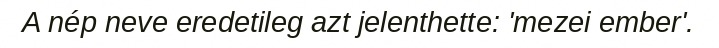
A nép neve eredetileg azt jelenthette: 'mezei ember'.